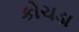
કોચડા